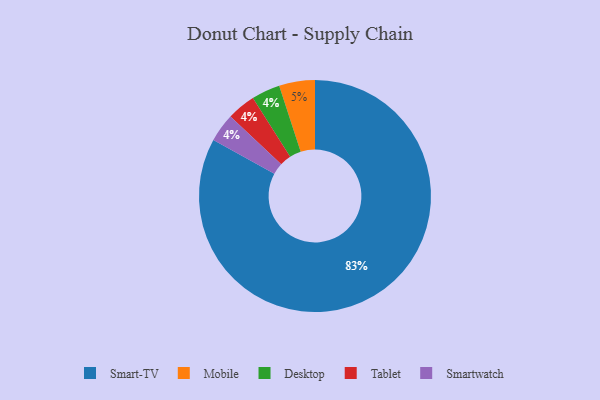
{"axis": {"x": "Category", "y": "Percentage"}, "legend": ["Desktop", "Mobile", "Smart-TV", "Smartwatch", "Tablet"], "data": [{"x": "Smart-TV", "y": 83, "type": "Smart-TV"}, {"x": "Desktop", "y": 4, "type": "Desktop"}, {"x": "Tablet", "y": 4, "type": "Tablet"}, {"x": "Smartwatch", "y": 4, "type": "Smartwatch"}, {"x": "Mobile", "y": 5, "type": "Mobile"}]}